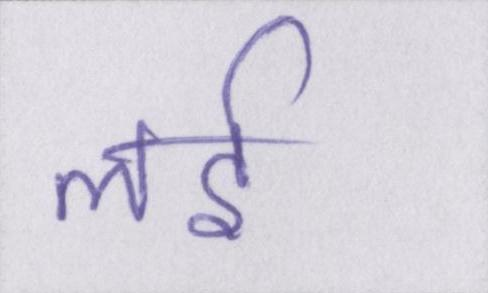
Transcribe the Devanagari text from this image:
लई